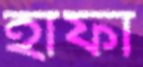
হাফা